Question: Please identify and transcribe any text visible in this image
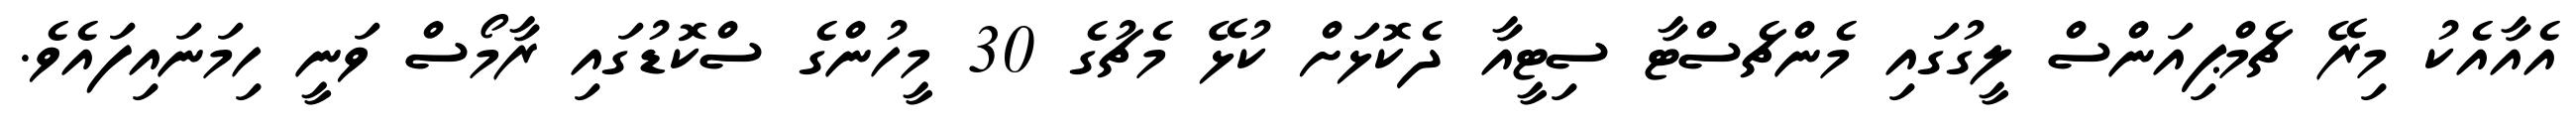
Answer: އެއާއެކު މިރޭ ޗެމްޕިއަންސް ލީގުގައި މެންޗެސްޓާ ސިޓީއާ ދެކޮޅަށް ކުޅޭ މެޗުގެ 30 މީހުންގެ ސްކޮޑުގައި ރާމޯސް ވަނީ ހިމަނައިފައެވެ.